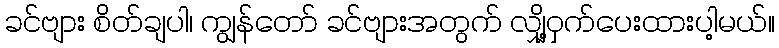
ခင်ဗျား စိတ်ချပါ၊ ကျွန်တော် ခင်ဗျားအတွက် လျှို့ဝှက်ပေးထားပါ့မယ်။